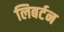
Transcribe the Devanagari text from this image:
लिबर्टन